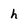
Character: h